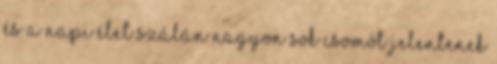
és a napi élet szálán nagyon sok csomót jelentenek